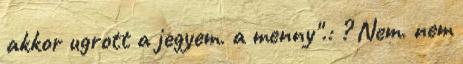
akkor ugrott a jegyem. a menny".: ? Nem. nem